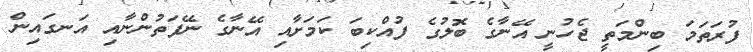
ފުރަތަމަ ބިންމަތީ ޖެހުނީ އޭނާގެ ބޮލުގެ ފުއްކިބަ ކަމަށާއި އޭނާގެ ނޭފަތުންނާއި އަނގައިން